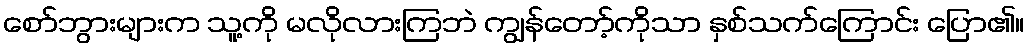
စော်ဘွားများက သူ့ကို မလိုလားကြဘဲ ကျွန်တော့်ကိုသာ နှစ်သက်ကြောင်း ပြော၏။